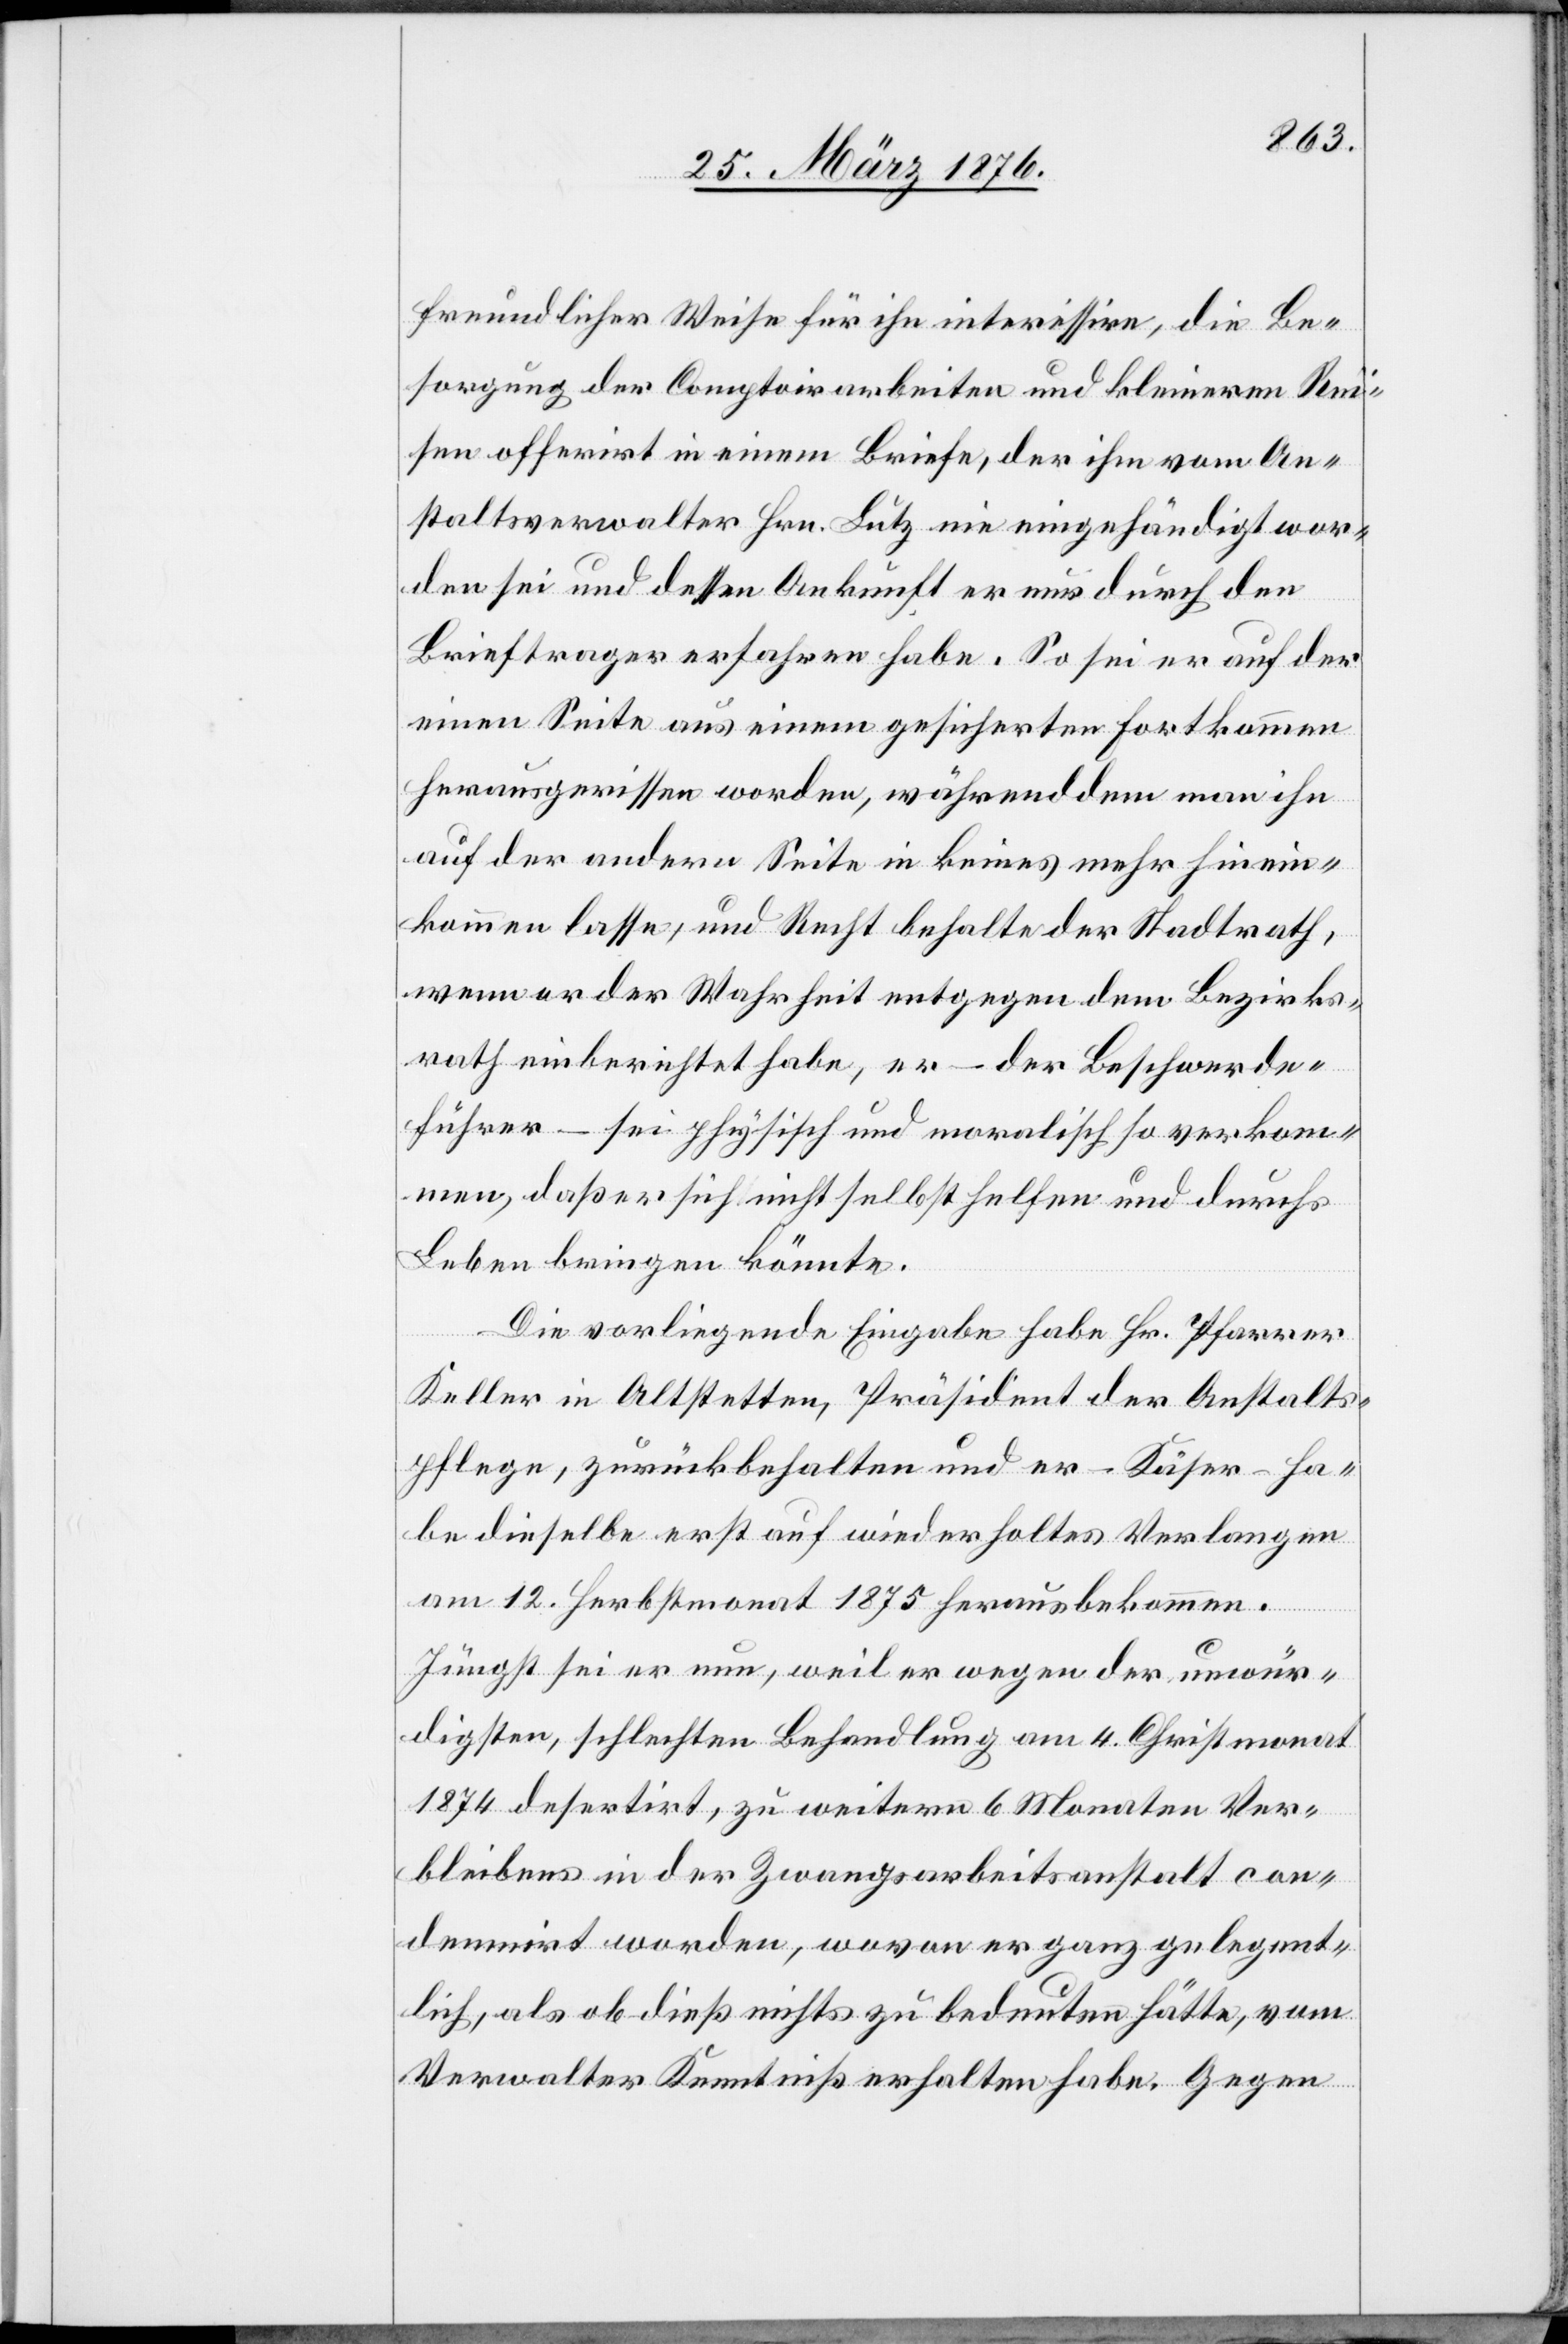
freundlicher Weise für ihn interessire, die Be¬
sorgung der Comptoirarbeiten und kleineren Rei¬
sen offerirt in einem Briefe, der ihm vom An¬
staltsverwalter Hrn. Lutz nie eingehändigt wor¬
den sei und dessen Ankunft er nur durch den
Brieftrager [sic!] erfahren haben. So sei er auf der
einen Seite aus einem gesicherten Fortkommen
herausgerissen worden, während dem man ihn
auf der andern Seite in keines mehr hinein¬
kommen lasse, und Recht behalte der Stadtrath,
wenn er der Mehrheit entgegen dem Bezirks¬
rath [?ein]berichtet habe, er – der Beschwerde¬
führer – sei physisch und moralisch so verkom¬
men, daß er sich nicht selbst helfen und durchs
Leben bringen könnte.
Die vorliegende Eingabe habe Hr. Pfarrer
Keller in Altstetten, Präsident der Anstalts¬
pflege, zurückbehalten und er – Käser – ha¬
be dieselbe erst auf wiederholtes Verlangen
am 12. Herbstmonat 1875 herausbekommen.
Jüngst sei er nun, weil er wegen der unwür¬
digsten, schlechten Behandlung am 4. Christmonat
1874 desertirt, zu weitern 6 Monaten Ver¬
bleibens in der Zwangsarbeitsanstalt con¬
damniert worden, wovon er ganz gelegent¬
lich, als ob dieß nichts zu bedeuten hätte, vom
Verwalter Kenntniß erhalten habe. Gegen